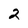
Character: 2